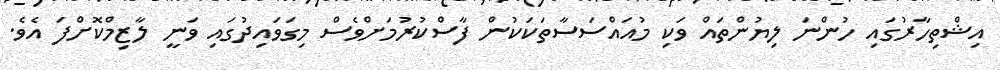
އިޝްތިހާރުގައި ހުންނަ ލިޔުންތައް ވަކި މުއައްސަސާތަކަކުން ފާސްކުރުމަށްވެސް މިގަވައިދުގައި ވަނީ ލާޒިމްކޮށްފަ އެވެ.